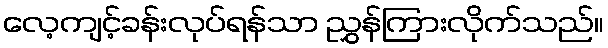
လေ့ကျင့်ခန်းလုပ်ရန်သာ ညွှန်ကြားလိုက်သည်။